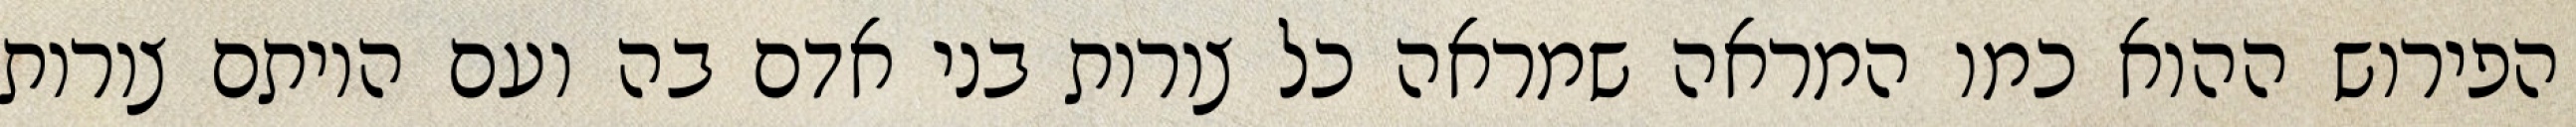
הפירוש ההוא כמו המראה שמראה כל צורות בני אדם בה ועם היותם צורות